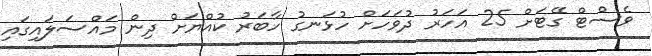
ވެސްޓް ގޭޓަށް 25 އަހަރު ދުވަހަށް ހުޅަނގު ހާބަރު ކުއްޔަށް ދިން މައްސަލައިގައި